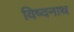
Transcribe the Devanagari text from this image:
विष्वनाथ